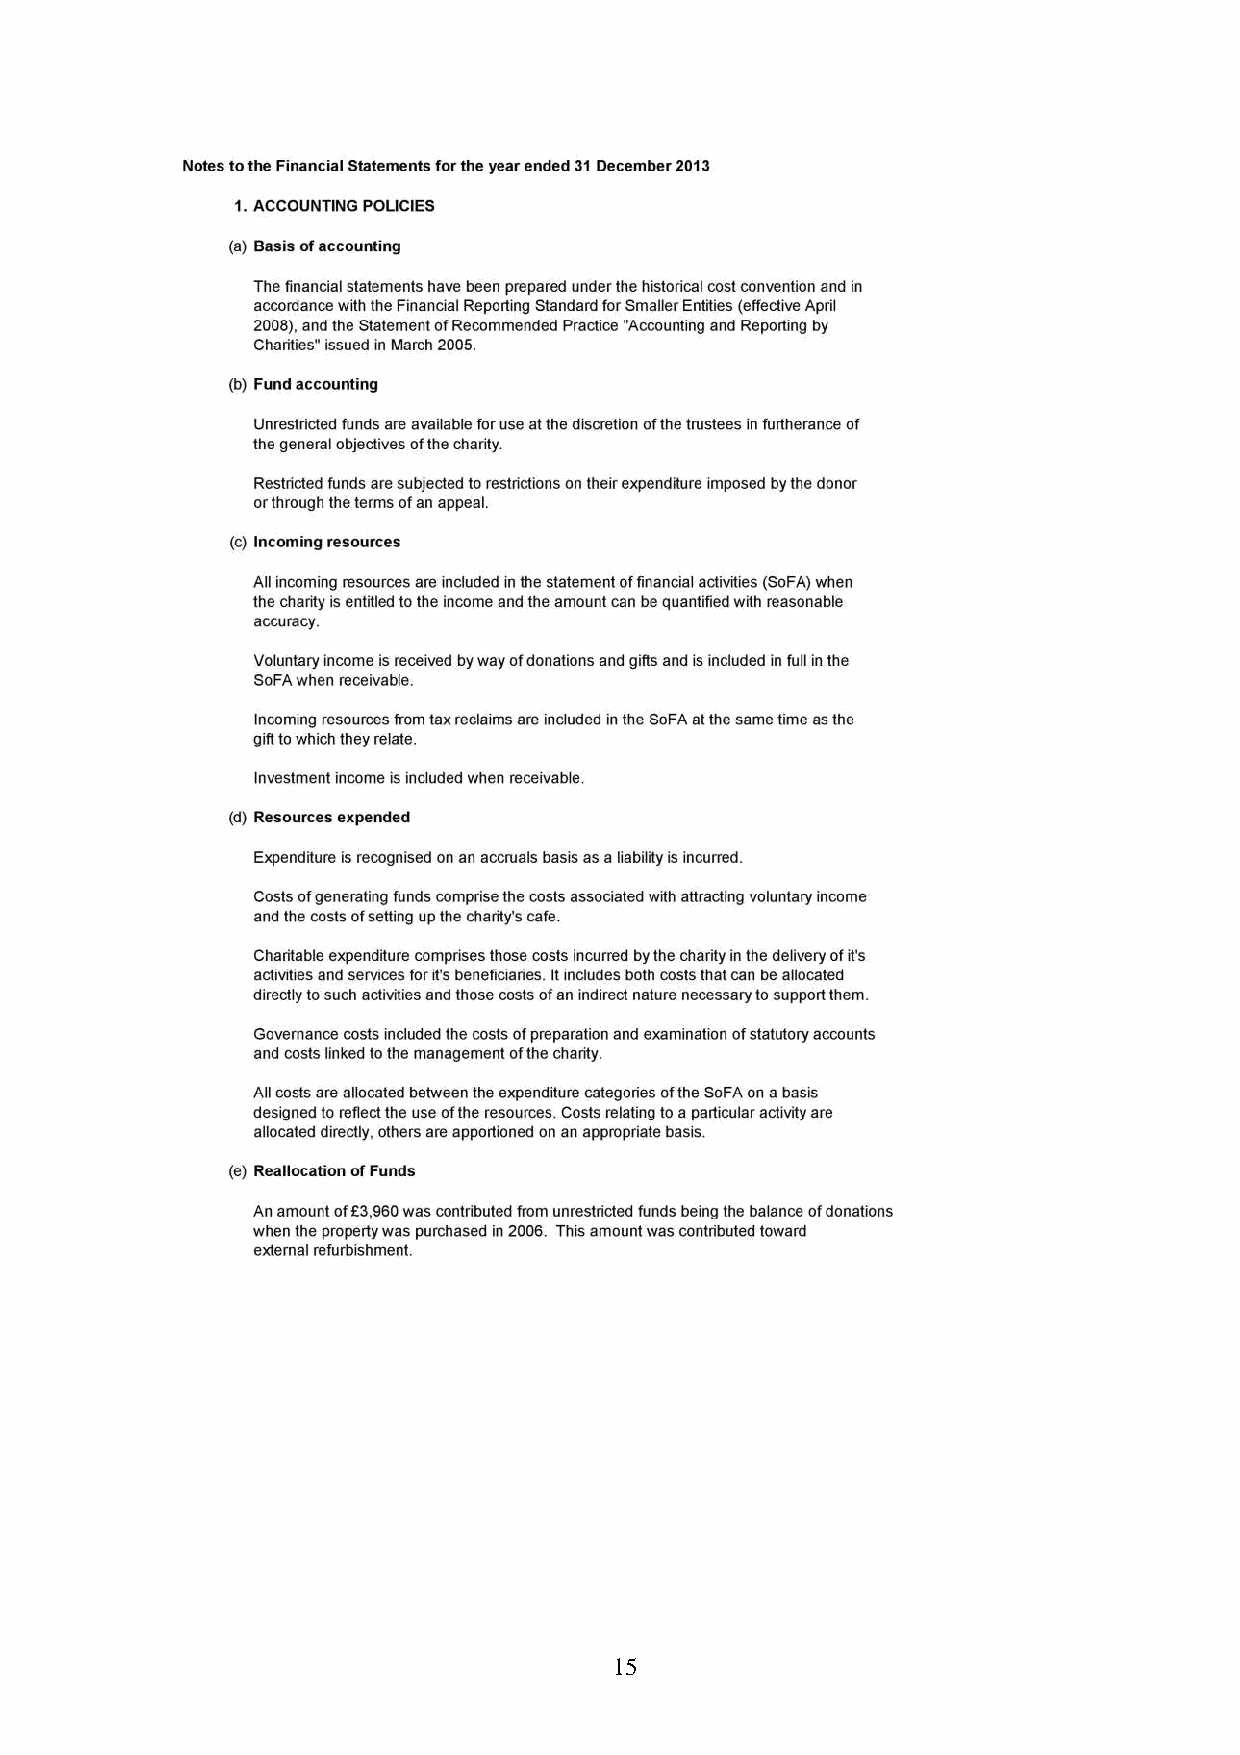
15